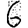
Digit: 6